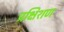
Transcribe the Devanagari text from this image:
प्रक्षिशण